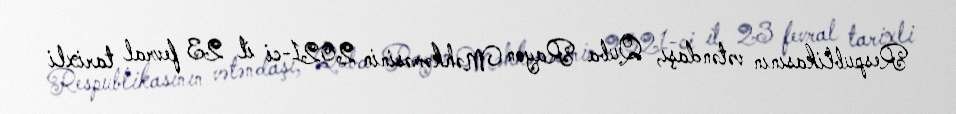
Respublikasının vətəndaşı, Quba Rayon Məhkəməsinin 2021-ci il 23 fevral tarixli